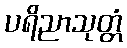
ပရိညာသုတ္တံ